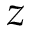
z